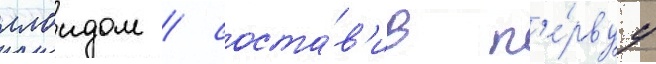
ллоидом / соста́в'ив п'е́рвуу